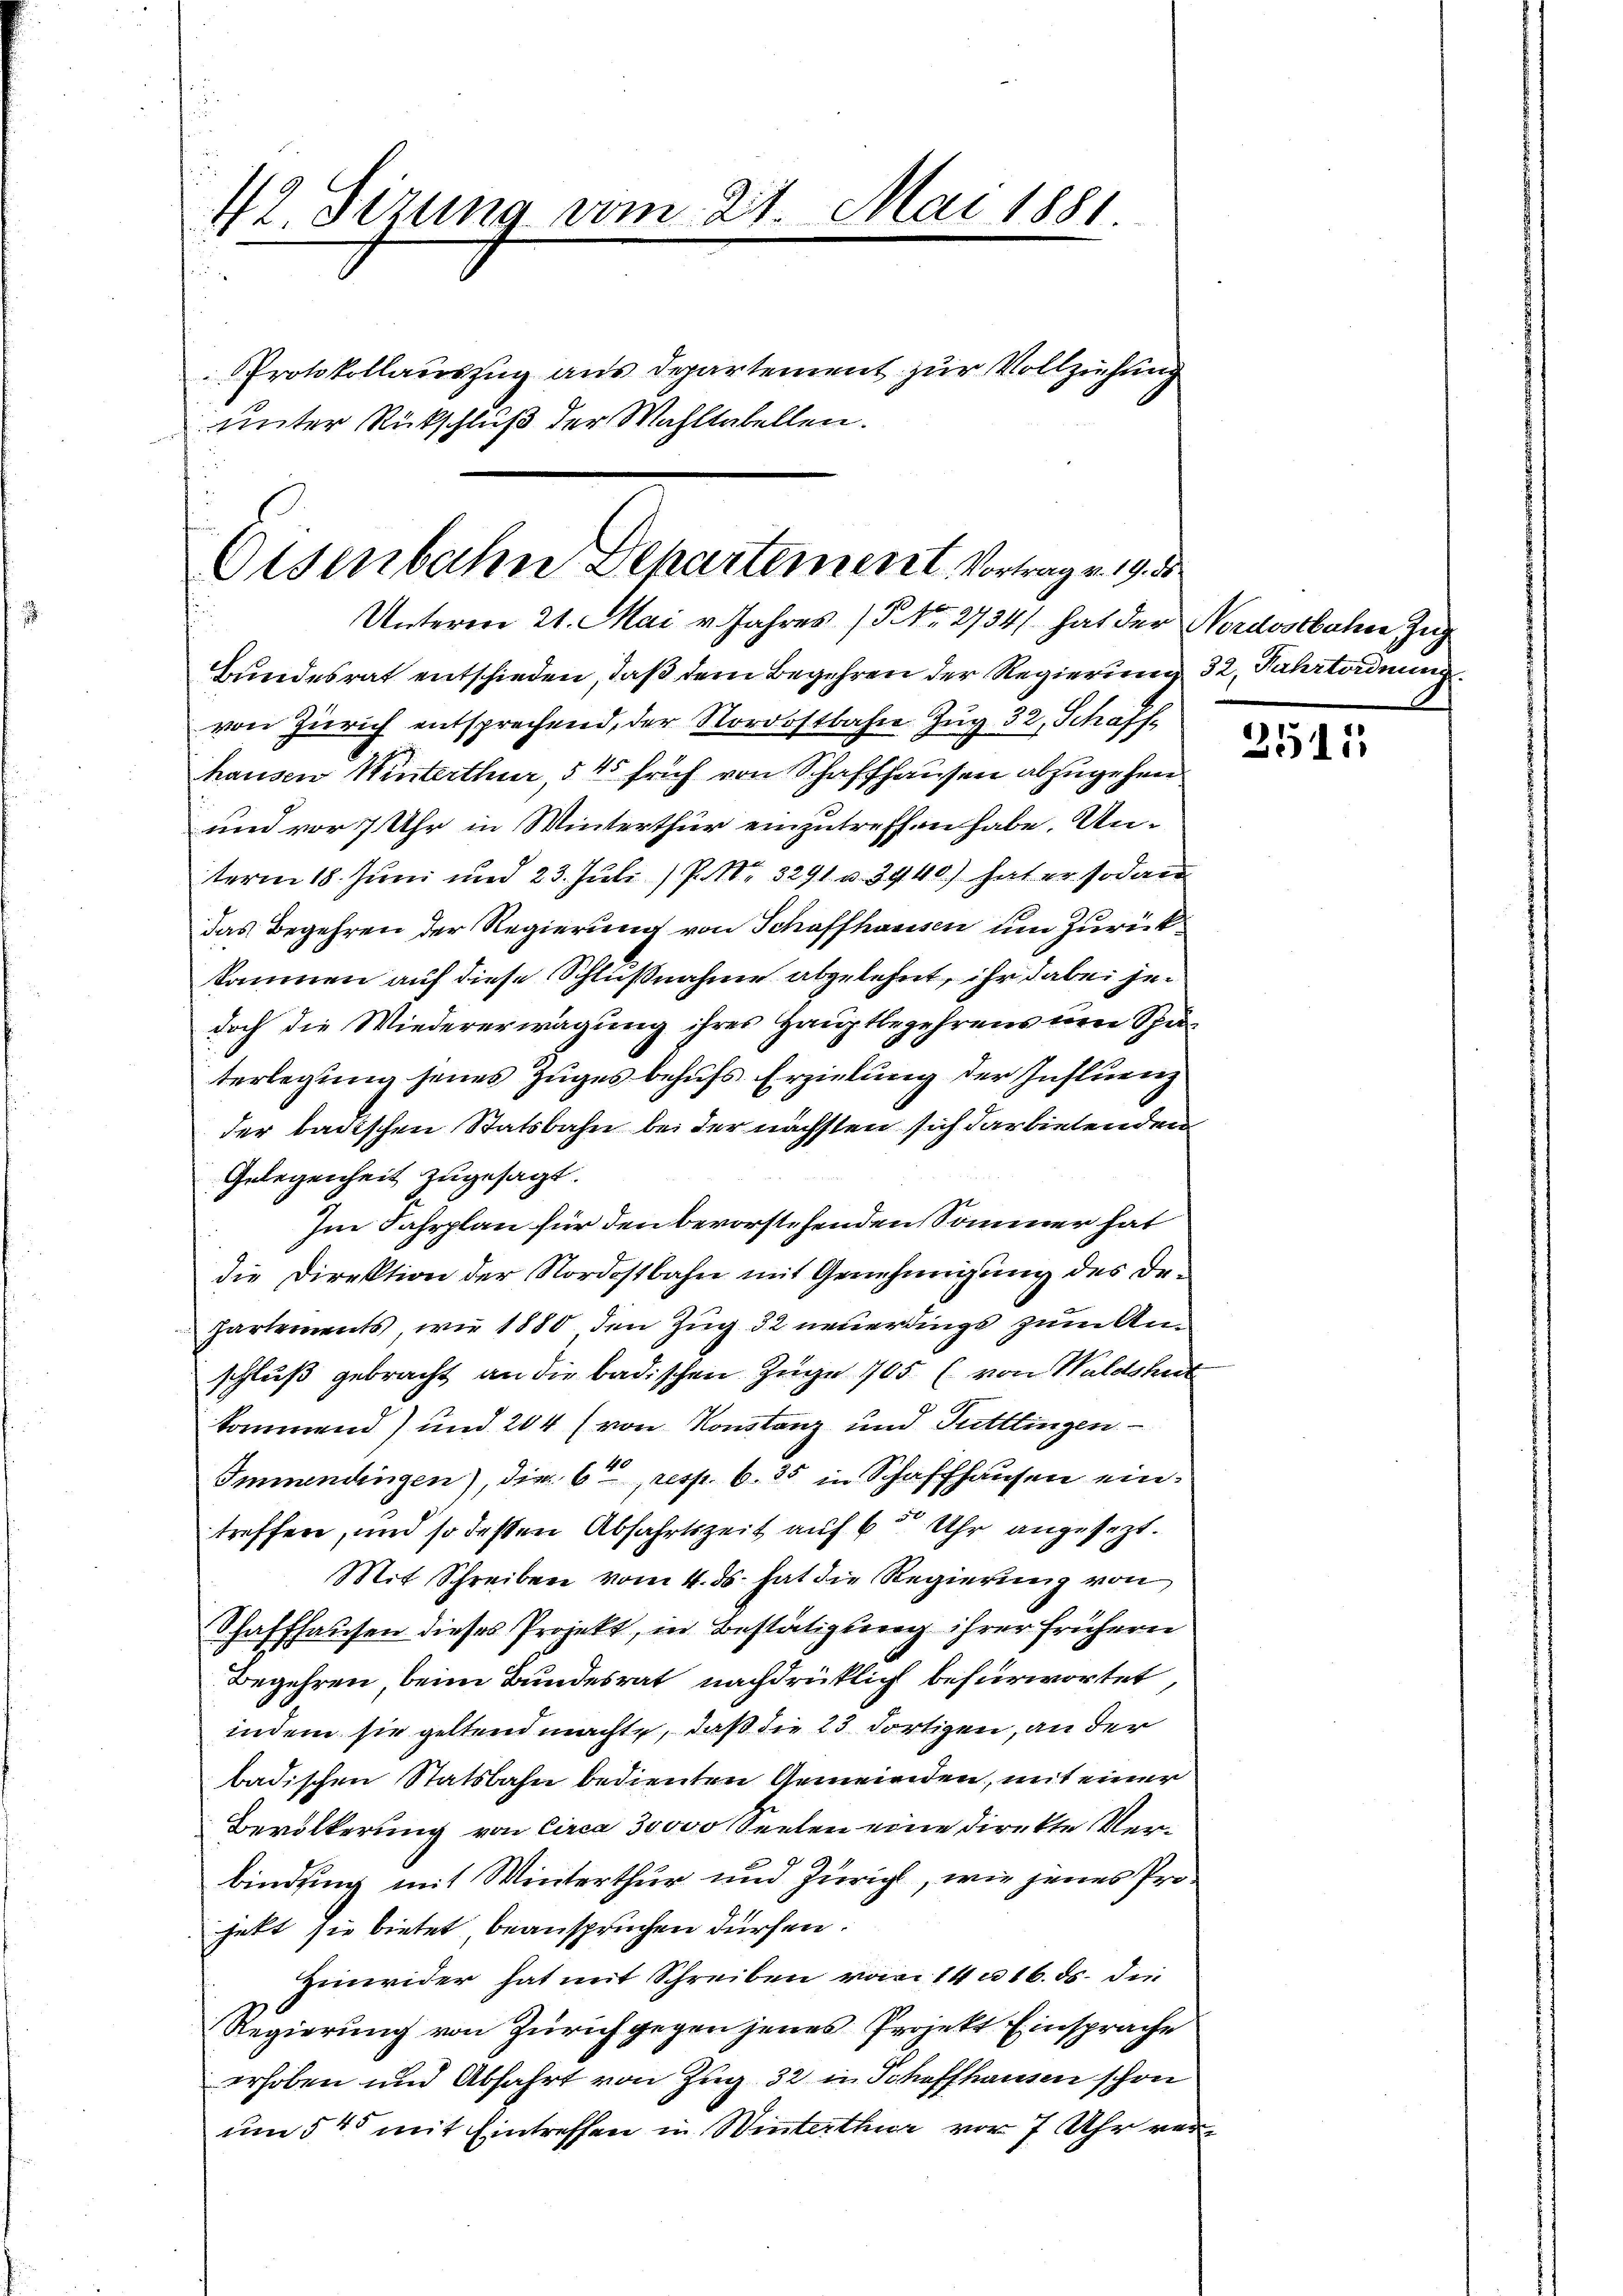
42 Sizung vom 27. Mai 1881.

Protokollauszug aus Departement zur Vollziehung
unter Rückschluß der Wahltabellen.

Osenbahn Behartement, Vortrag v. 19. 3
Unterm 21. Mai v. Jahres (§ No. 2734/ hat der Nordostbahne Zug

Bundesrat entschieden, daß dem Begehren der Regierung 32, Fahrtordnung
von Zürich entsprechend, der Nordostbahn Zug 32, Schaff-
hausen Winterthur, 5 45 früh von Schaffhausen abzugehen
und vor 7 Uhr in Winterthur einzutreffen habe. Unterm 18. Juni und 23. Juli) P. Nr. 3291 u. 3440.) hat er sodann
das Begehren der Regierung von Schaffhausen um Zurückkäumen auf diese Schlußnahme abgelehnt, ihr dabei jedoch die Wiedererwägung ihres Hauptbegehrens von Spa
terlegung jenes zuges behufs Erzielung der Influenz
der badischen Statsbahn bei der nächsten sich darbietenden
Gelegenheit zugesagt.
Im Fahrplan für den bevorstehenden Sommer hat
die Direktion der Nordostbahn mit Genehmigung des De¬
Partements, wir 1880 den Zug 32 neuerdings zum Anschluß gebracht an die badischen Zuge 105 (von Waldshut
kommend) und 204 (von Konstanz und Tuttlingen.
Immendingen, die 6t, resp. 635 in Schaffhausen eintreffen, und so deßen Abfahrtszeit auf 6 Uhr angesezt.
Mit Schreiben vom 4. ds. hat die Regierung von
Schaffhausen dieses Projekt, in Bestätigung ihrer frühern
Begehren, beim Bundesrat nachdrücklich befürwortet,
indem sie geltend machte, daß die 23 dortigen, an der
badischen Statsbahn bedienten Gemeinden, mit einer
Bevölkerung von Circa 30000 Seelen eine direkte Verbindung mit Winterthur und Züricht, wie jenes Projett sie bietet beanspruchen dürfen.
Hinwider hat mit Schreiben vom 14 n 16. ds. die
Regierung von Zürich gegen jenes Projekt Einsprache
erhoben und Abfahrt von Zug 32 in Schaffhausen schon
um 545 mit Eintreffen in Winterthur vor 7 Uhr ver¬

2511